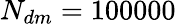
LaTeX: N_{dm}=100000